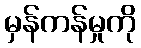
မှန်ကန်မှုကို